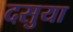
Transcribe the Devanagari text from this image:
दसुया